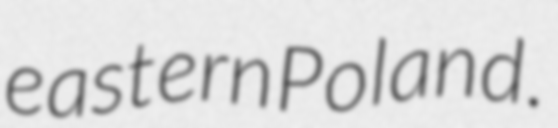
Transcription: eastern Poland.